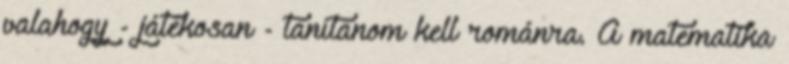
valahogy - játékosan - tanítanom kell románra. A matematika